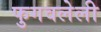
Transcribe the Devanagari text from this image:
फुगवलेली